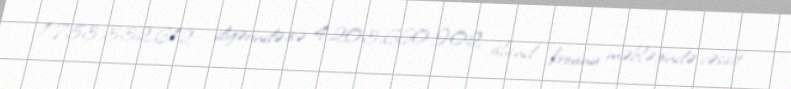
1.753.332.612 , digərində isə 4.203.660.902 island krounu məbləğində vəsait